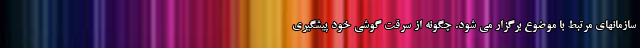
سازمانهای مرتبط با موضوع برگزار می شود. چگونه از سرقت گوشی خود پیشگیری